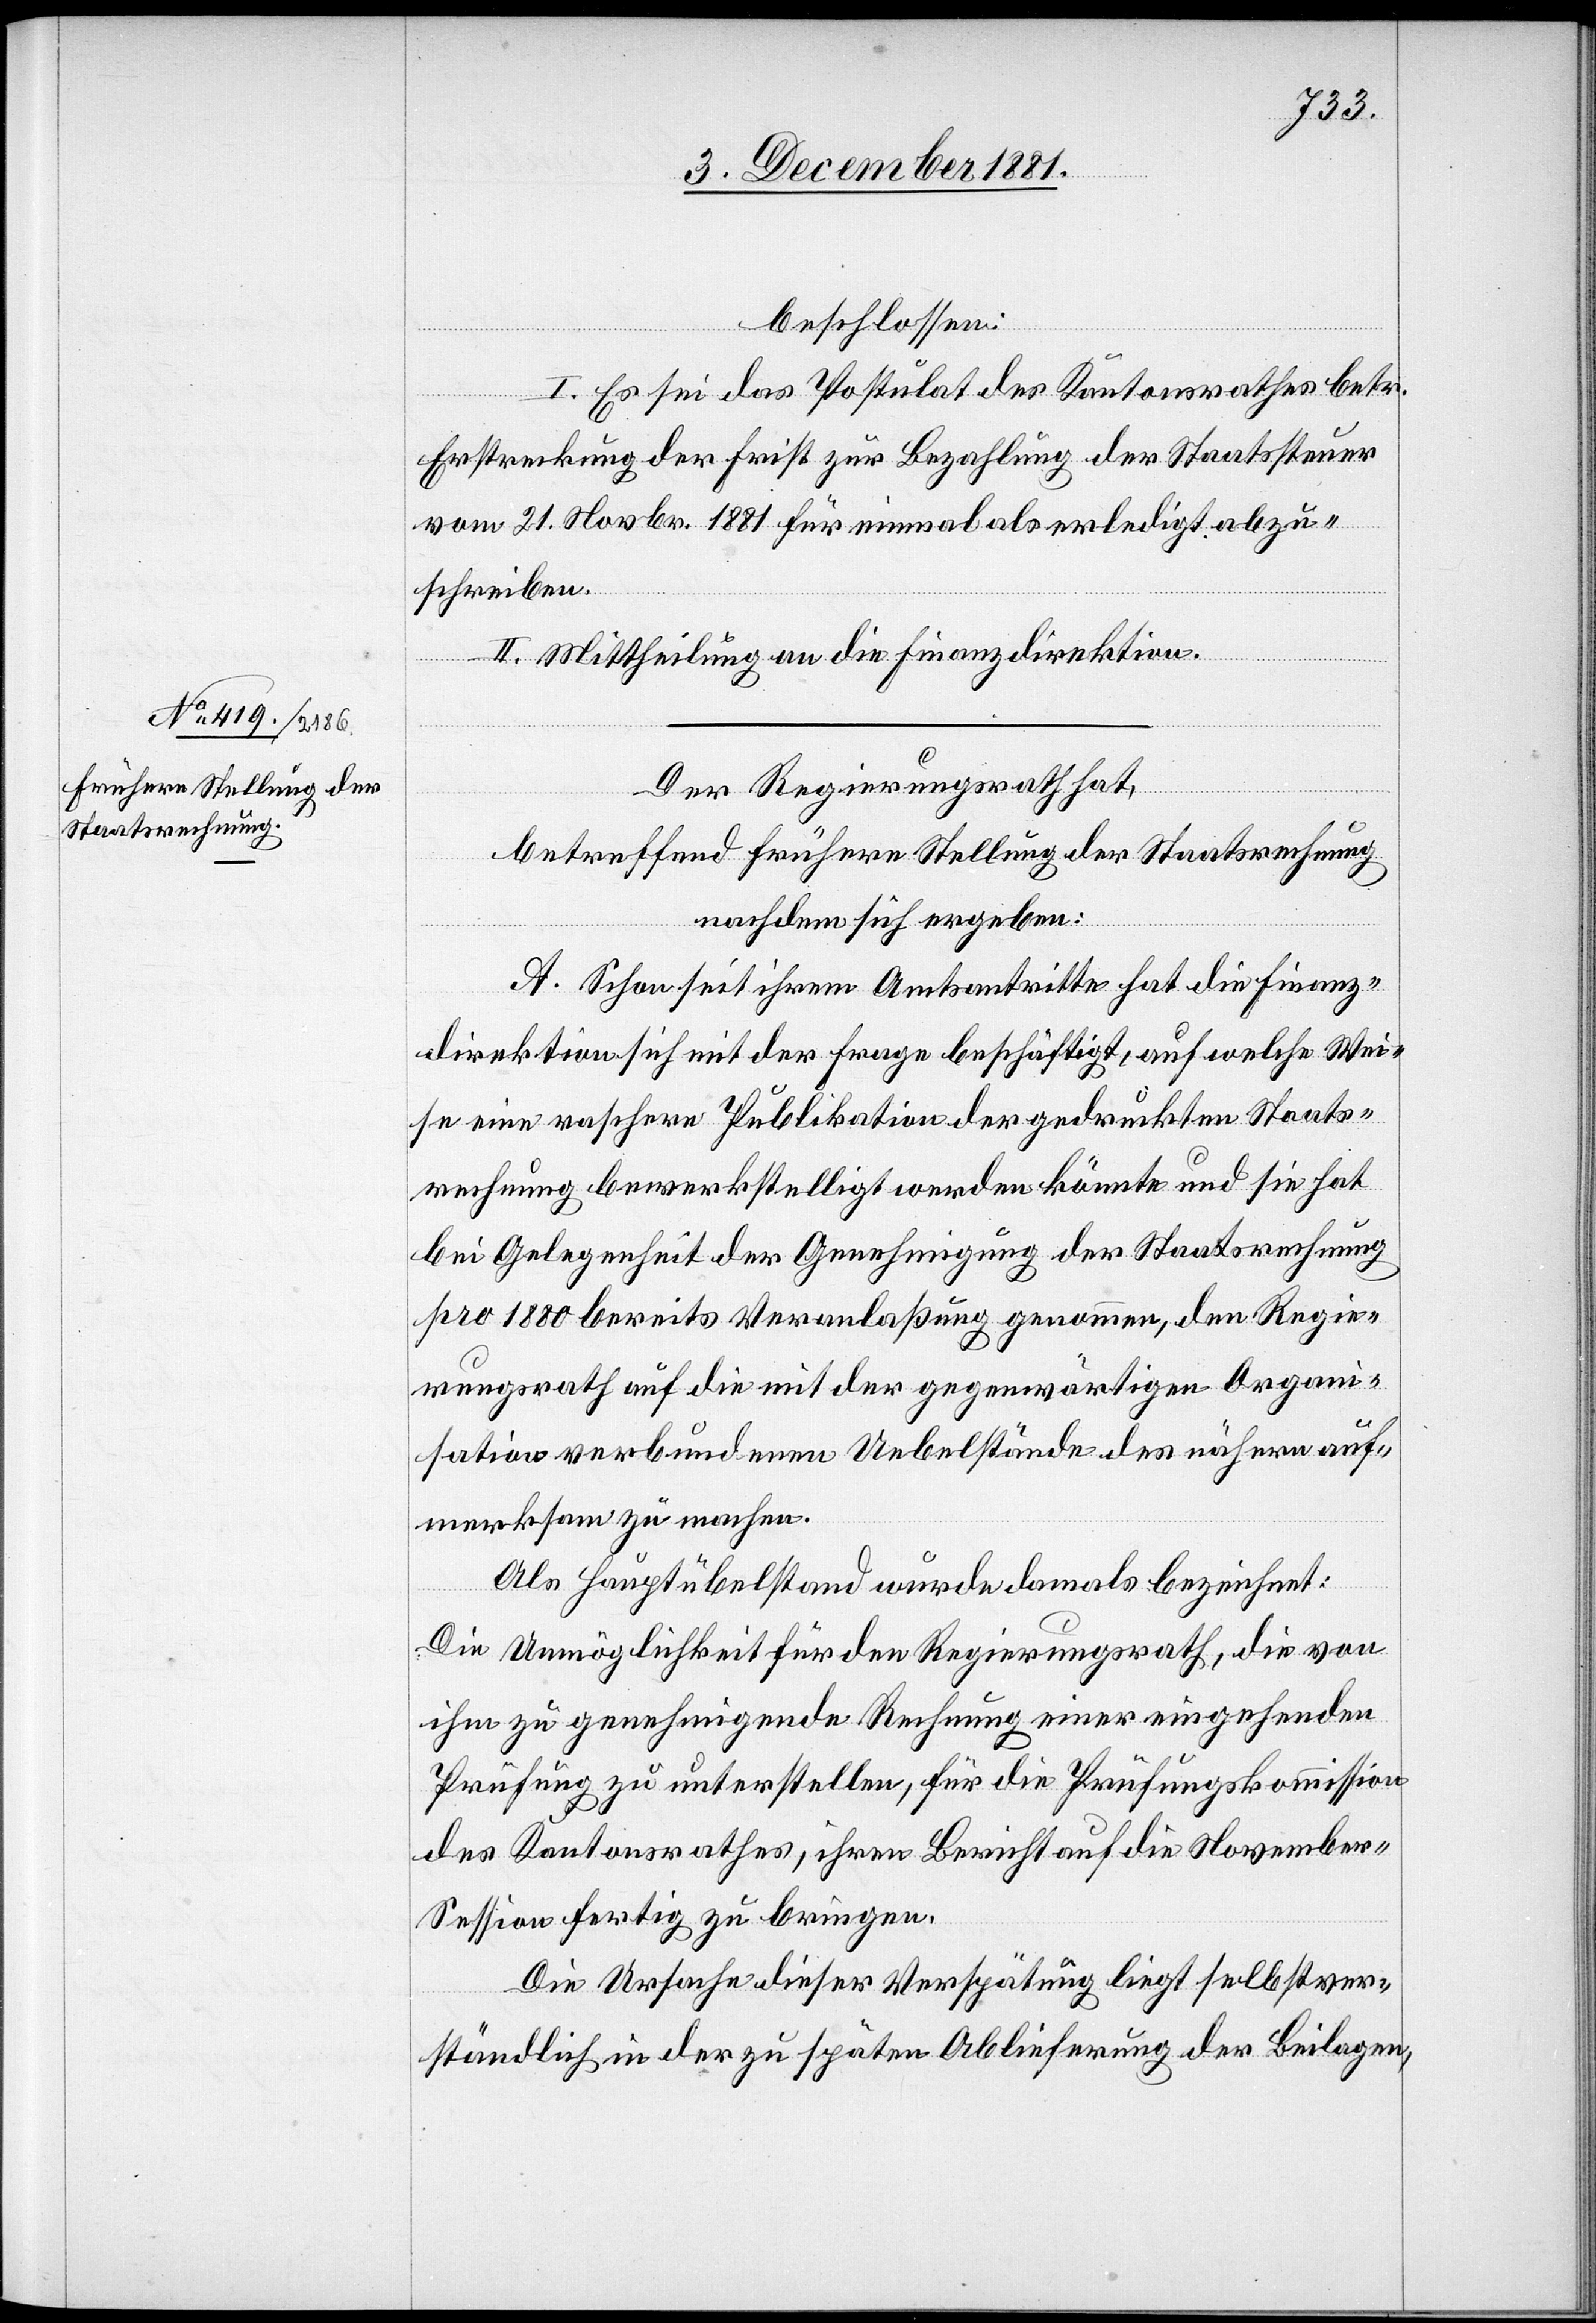
beschlossen:
I. Es sei das Postulat des Kantonsrathes betr.
Erstreckung der Frist zur Bezahlung der Staatssteuer
vom 21. Novbr. 1881 für einmal als erledigt abzu¬
schreiben.
II. Mittheilung an die Finanzdirektion.
Der Regierungsrath hat,
betreffend frühere Stellung der Staatsrechnung
nachdem sich ergeben:
A. Schon seit ihrem Amtsantritte hat die Finanz¬
direktion sich mit der Frage beschäftigt, auf welche Wei¬
se eine raschere Publikation der gedruckten Staats¬
rechnung bewerkstelligt werden könnte und sie hat
bei Gelegenheit der Genehmigung der Staatsrechnung
pro 1880 bereits Veranlaßung genommen, den Regie¬
rungsrath auf die mit der gegenwärtigen Organi¬
sation verbundenen Uebelstände des nähern auf¬
merksam zu machen.
Als Hauptübelstand wurde damals bezeichnet:
Die Unmöglichkeit für den Regierungsrath, die von
ihm zu genehmigende Rechnung einer eingehenden
Prüfung zu unterstellen, für die Prüfungskommission
des Kantonsrathes, ihren Bericht auf die Novembe¬
r-Session fertig zu bringen.
Die Ursache dieser Verspätung liegt selbstver¬
ständlich in der zu späten Ablieferung der Beilagen,